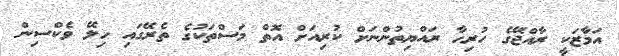
އަމާޒަކީ ރާއްޖޭގެ ހުރިހާ ރައްޔިތުންނަށް ކުރިއަށް އޮތް މަސްތަކުގެ ތެރޭގައި ހިލޭ ވެކްސިން